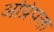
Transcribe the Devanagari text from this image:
अप्रिपक्त